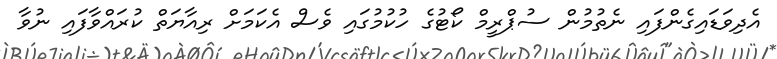
އެދިވަޑައިގެންފައި ނެތުމުން ސުޕްރީމް ކޯޓުގެ ހުކުމުގައި ވެސް އެކަމަށް ރިއާޔަތް ކުރައްވާފައި ނުވާ